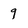
Character: 9